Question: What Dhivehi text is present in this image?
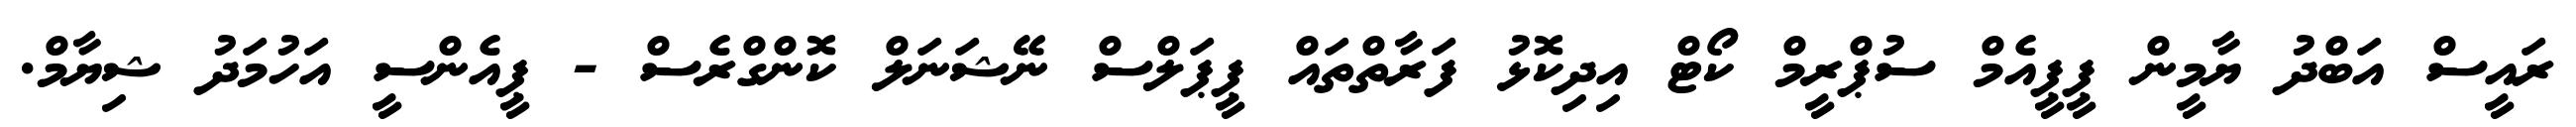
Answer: ރައީސް އަބްދު ޔާމީން ޕީޕީއެމް ސުޕްރީމް ކޯޓް އިދިކޮޅު ފަރާތްތައް ޕީޕަލްސް ނޭޝަނަލް ކޮންގްރެސް - ޕީއެންސީ އަހުމަދު ޝިޔާމް.